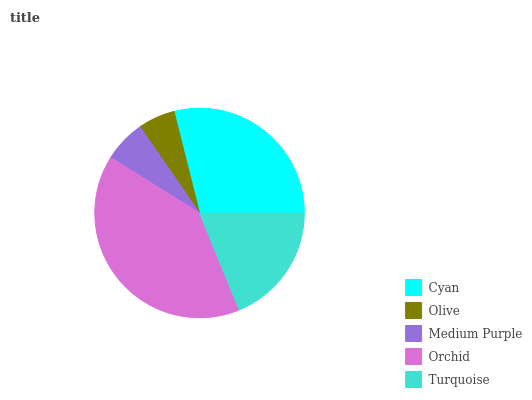
| Cyan | Olive | Medium Purple | Orchid | Turquoise |
 | --- | --- | --- | --- | --- |
 | 29% | 5.7% | 6.49% | 40.1% | 18.8% |